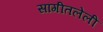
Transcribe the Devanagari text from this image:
सांगीतलेली